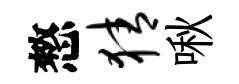
憗猜啾